Insane asylums Bombay 1873-77 - 1873-1877
Year: 1873
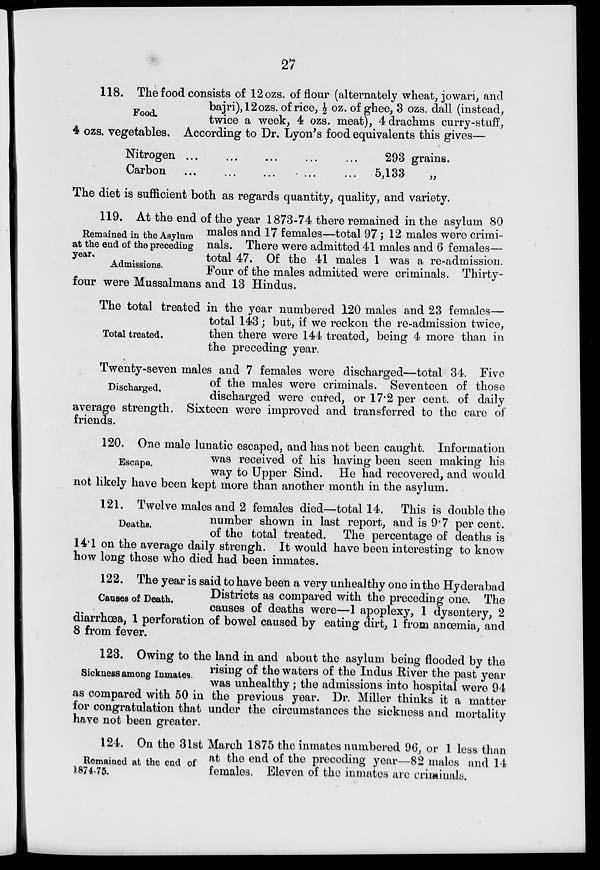
27
Food.
118. The food consists of 12 ozs. of flour (alternately wheat, jowari, and
bajri),12 ozs. of rice, ½ oz. of ghee, 3 ozs. dall (instead,
twice a week, 4 ozs. meat), 4 drachms curry-stuff,
4 ozs. vegetables. According to Dr. Lyon's food equivalents this gives—
Nitrogen
...
...
...
...
...
Carbon ... ...
...
...
...
293
5,133
grains.
„
The diet is sufficient both as regards quantity, quality, and variety.
Remained in the Asylum
at the end of the preceding
year.
Admissions.
119. At the end of the year 1873-74 there remained in the asylum 80
males and 17 females—total 97 ; 12 males were crimi-
nals. There were admitted 41 males and 6 females—
total 47. Of the 41 males 1 was a re-admission.
Four of the males admitted were criminals. Thirty-
four were Mussalmans and 13 Hindus.
Total treated.
The total treated in the year numbered 120 males and 23 females—
total 143; but, if we reckon the re-admission twice,
then there were 144 treated, being 4 more than in
the preceding year.
Discharged.
Twenty-seven males and 7 females were discharged—total 34. Five
of the males were criminals. Seventeen of those
discharged were cured, or 17.2 per cent. of daily
average strength. Sixteen were improved and transferred to the care of
friends.
Escape.
120. One male lunatic escaped, and has not been caught. Information
was received of his having been seen making his
way to Upper Sind. He had recovered, and would
not likely have been kept more than another month in the asylum.
Deaths.
121. Twelve males and 2 females died—total 14. This is double the
number shown in last report, and is 9.7 per cent.
of the total treated. The percentage of deaths is
14.1 on the average daily strengh. It would have been interesting to know
how long those who died had been inmates.
Causes of Death.
122. The year is said to have been a very unhealthy one in the Hyderabad
Districts as compared with the preceding one. The
causes of deaths were—1 apoplexy, 1 dysentery, 2
diarrhœa, 1 perforation of bowel caused by eating dirt, 1 from anoemia, and
8 from fever.
Sickness among Inmates.
123. Owing to the land in and about the asylum being flooded by the
rising of the waters of the Indus River the past year
was unhealthy; the admissions into hospital were 94
as compared with 50 in the previous year. Dr. Miller thinks it a matter
for congratulation that under the circumstances the sickness and mortality
have not been greater.
Remained at the end of
1874-75.
124. On the 31st March 1875 the inmates numbered 96, or 1 less than
at the end of the preceding year—82 males and 14
females. Eleven of the inmates are criminals.